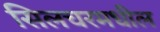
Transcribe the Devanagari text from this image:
सिलचरमधील